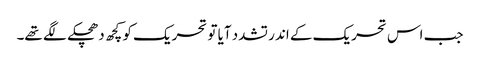
جب اس تحریک کے اندر تشدد آیا تو تحریک کو کچھ دھچکے لگے تھے۔